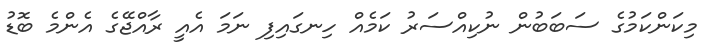
މިކަންކަމުގެ ސަބަބުން ނުކިއްސަރު ކަމެއް ހިނގައިފި ނަމަ އެއީ ރާއްޖޭގެ އެންމެ ބޮޑު